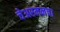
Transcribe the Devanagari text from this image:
चेअरमनचा